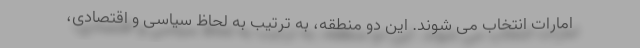
امارات انتخاب می شوند. این دو منطقه، به ترتیب به لحاظ سیاسی و اقتصادی،